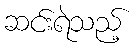
ဆင်းရဲသည့်